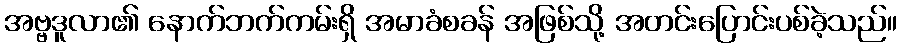
အဗ္ဗဒူလာ၏ နောက်ဘက်ကမ်းရှိ အမာခံစခန် အဖြစ်သို့ အတင်းပြောင်းပစ်ခဲ့သည်။